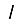
Digit: 1